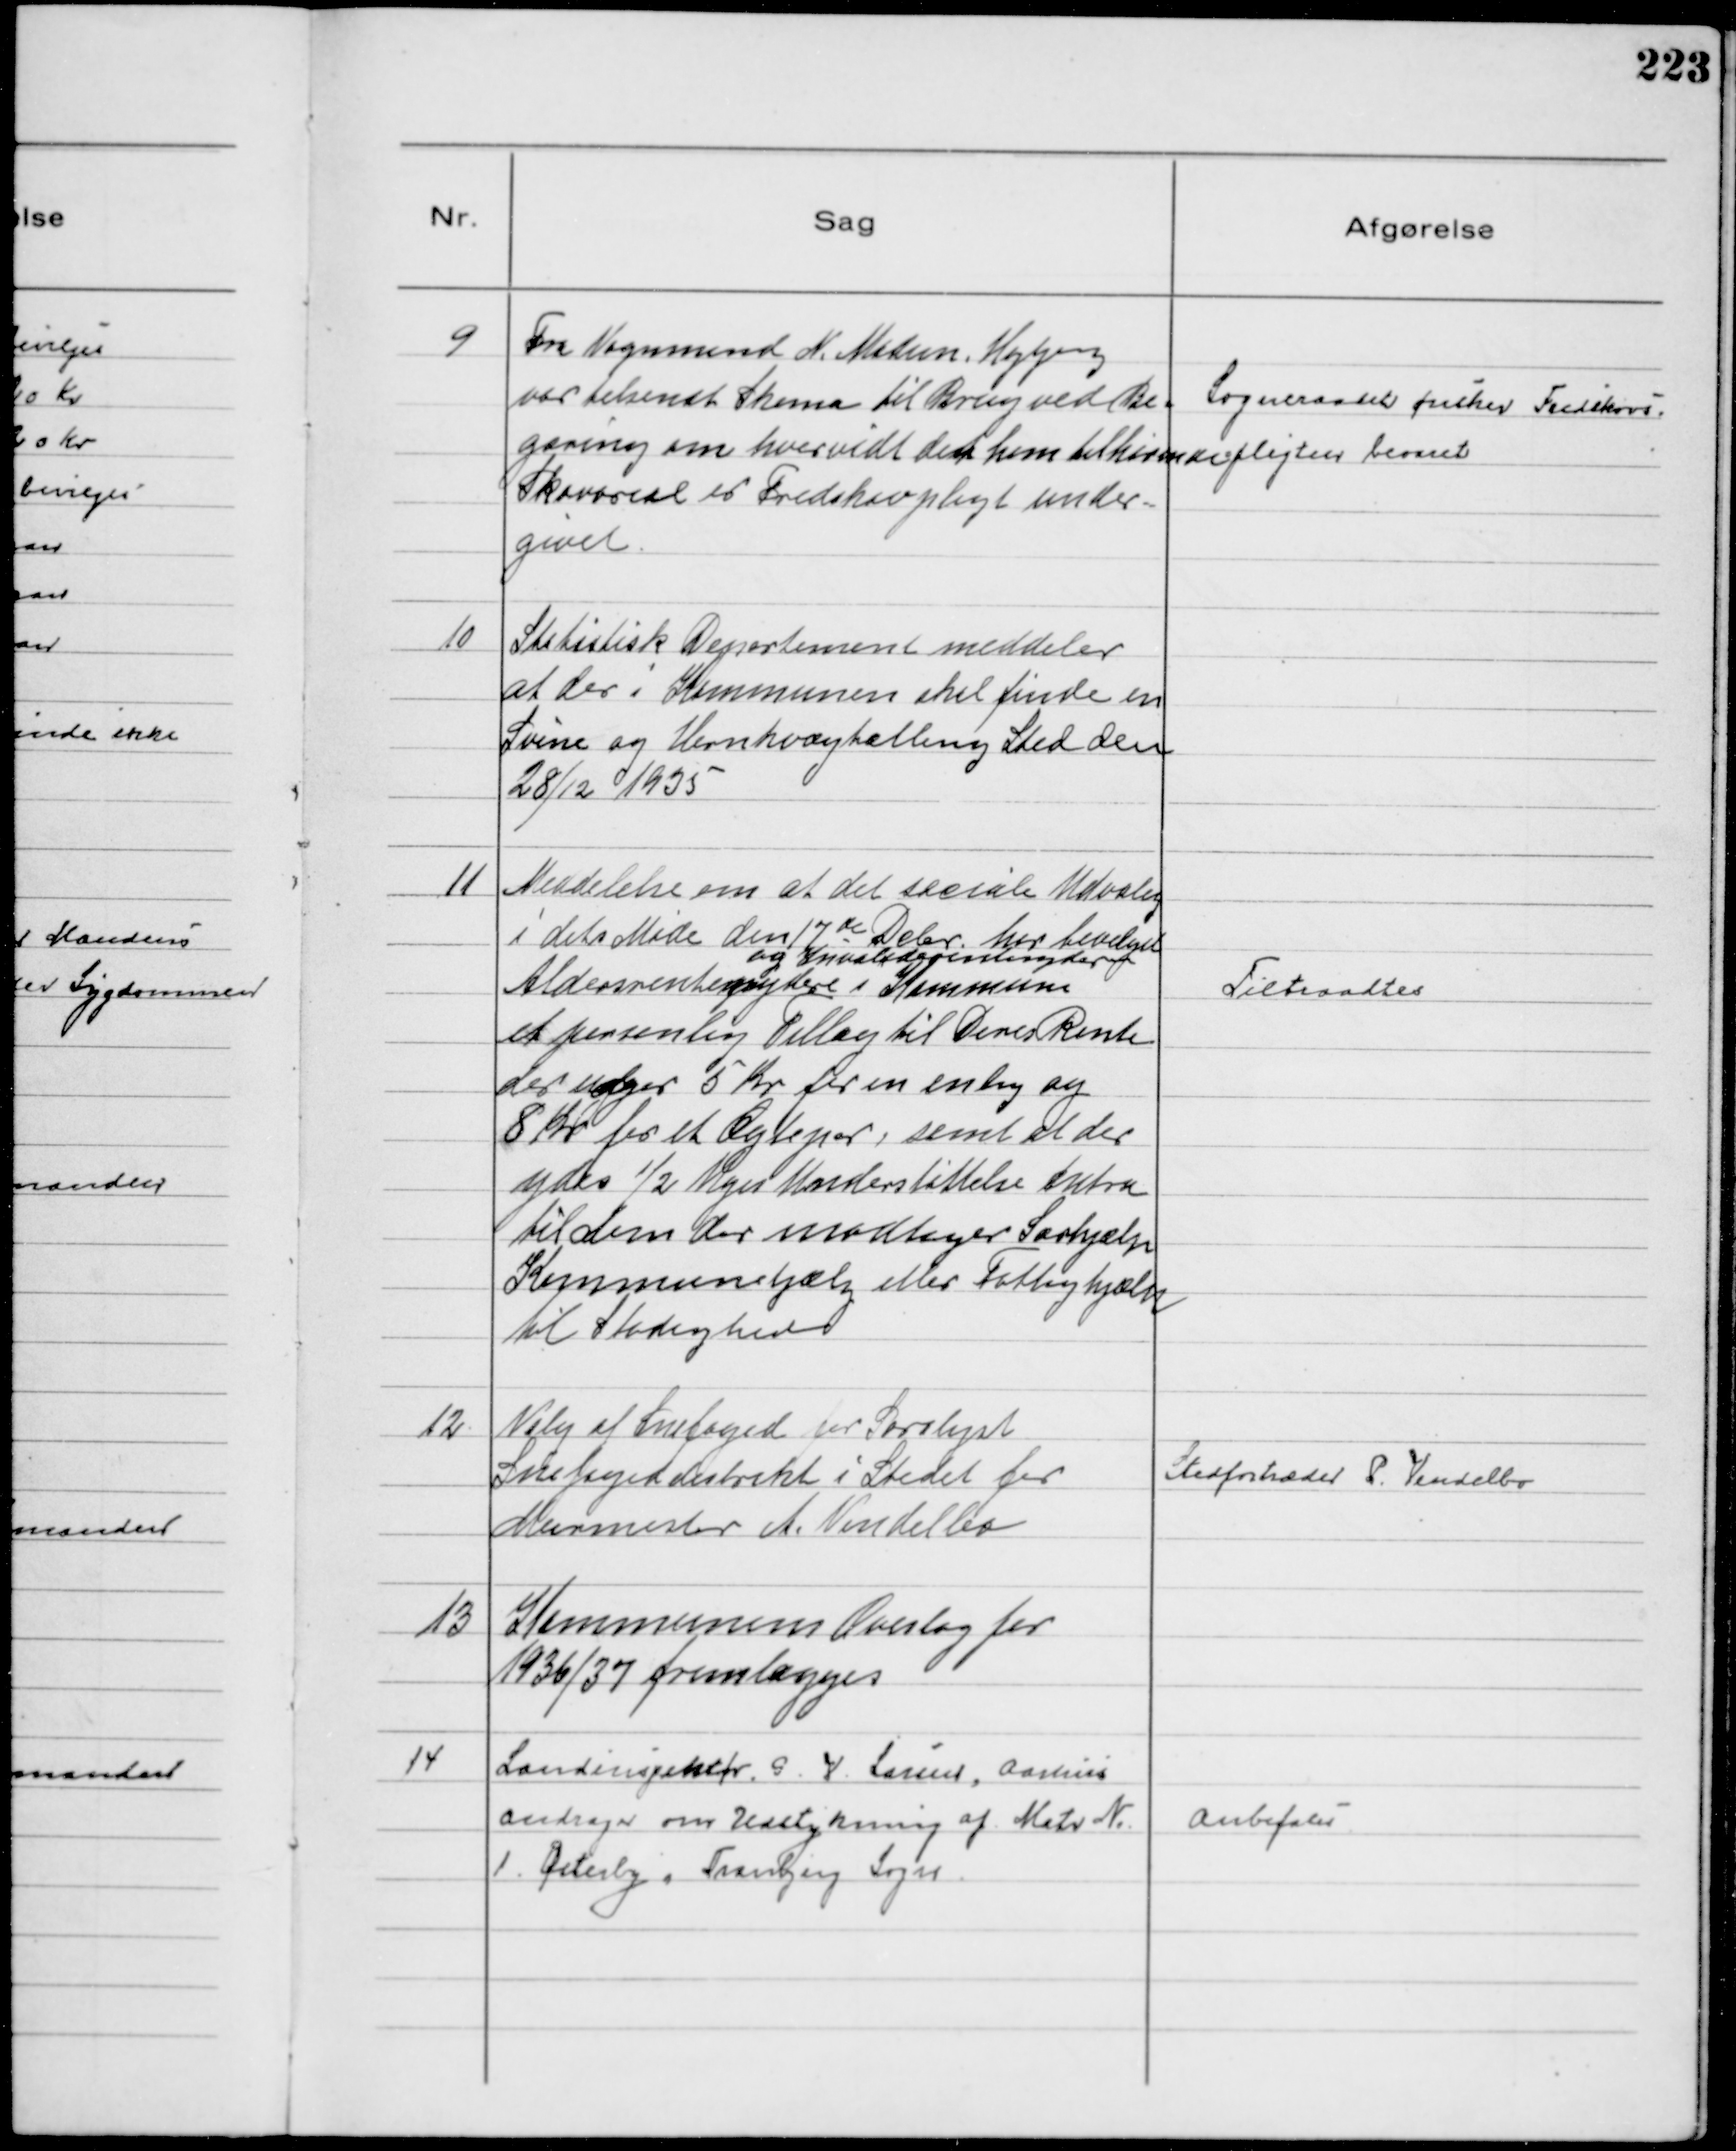
Transskription:
9
Fra Vognmand N. Madsen, Højbjerg
var tilsendt Skema til Brug ved Be-
gæring om hvorvidt det ham tilhørende
Skovareal er Fredskovpligt under- 
givet

Sogneraadet ønsker Fredskovs-
pligten bevaret

10
Statistisk Departement meddeler
at der i Kommunen skal finde en
Svine og Hornkvægtælling Sted den
28/12 1935

11
Meddelelse om at det sociale Udvalg
i dets Møde den 17 de Debr har bevilget
Aldersrentenydere
og Invaliderentenydere
i Kommunen
et personlig Tillæg til Deres Rente
der udgør 5 Kr for en enlig og
8 Kr for et Ægtepar, samt at der
ydes ½ Uges Understøttelse extra
til dem der modtager Særhjælp
Kommunehjælp eller Fattighjælp
til Stadighed

Tiltraadtes

12
Valg af Snefoged for Saralyst
Snefogeddistrikt i Stedet for
Murmester A. Vendelbo

Stedfortræder P. Vendelbo

13
Kommunens Overslag for
1936/37 fremlægges

14
Landinspektør G. V: Larsen, Aarhus
andrager om Udstykning af Matr N.
1. Østerby, Tranbjerg sogn

Anbefales